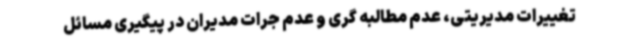
تغییرات مدیریتی، عدم مطالبه گری و عدم جرات مدیران در پیگیری مسائل